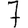
Digit: 7